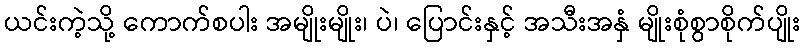
ယင်းကဲ့သို့ ကောက်စပါး အမျိုးမျိုး၊ ပဲ၊ ပြောင်းနှင့် အသီးအနှံ မျိုးစုံစွာစိုက်ပျိုး